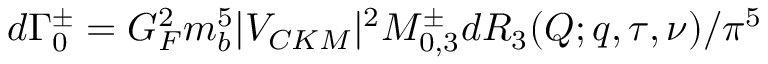
d { \Gamma } _ { 0 } ^ { \pm } = G _ { F } ^ { 2 } m _ { b } ^ { 5 } | V _ { C K M } | ^ { 2 } { \cal M } _ { 0 , 3 } ^ { \pm } d { \cal R } _ { 3 } ( Q ; q , \tau , \nu ) / { \pi } ^ { 5 }